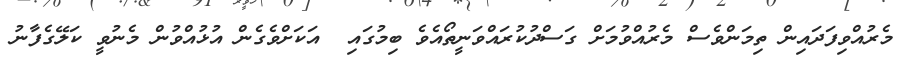
މެރުއްވިފަދައިން ތިމަންވެސް މެރުއްވުމަށް ގަސްދުކުރައްވަނީތޯއެވެ ބިމުގައި  އަކަށްވެގެން އުޅުއްވުން މެނުވީ ކަލޭގެފާނު